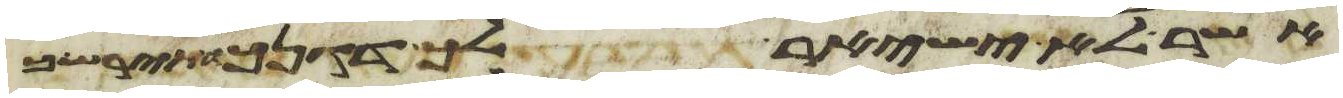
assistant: אשר לא ישאיר לך דגן ותירש